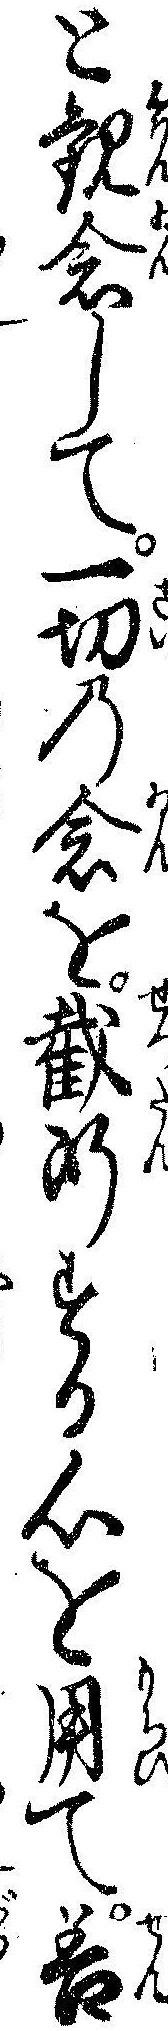
と観念して一切の念を截断する心を用て善